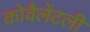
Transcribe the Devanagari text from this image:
कोवैलेंटली